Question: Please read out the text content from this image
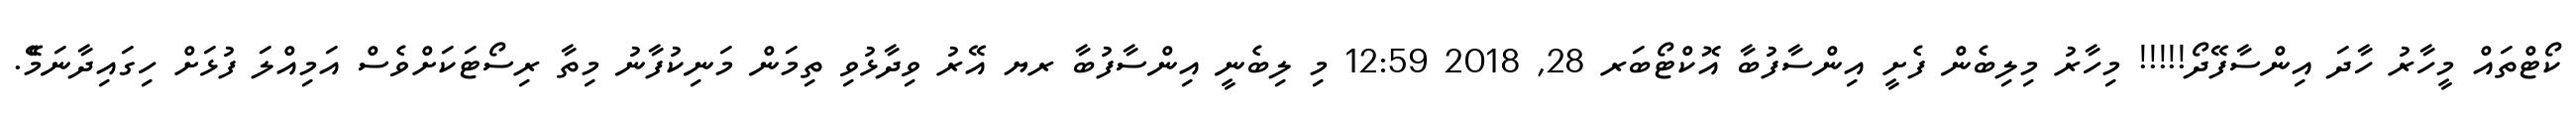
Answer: ކޯޓްތައް މީހާރު ހާދަ އިންސާފޭދޯ!!!!! މިހާރު މިލިބެން ފެށީ އިންސާފުބާ އޮކްޓޯބަރ 28, 2018 12:59 މި ލިބެނީ އިންސާފުބާ ރޔ އޭރު ވިދާޅުވި ތިމަން މަނިކުފާނު މިތާ ރިސޯޓަކަށްވެސް އަމިއްލަ ފުޅަށް ހިގައިދާނަމެޭ.